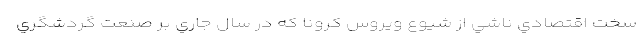
سخت اقتصادي ناشي از شيوع ويروس كرونا كه در سال جاري بر صنعت گردشگري